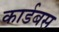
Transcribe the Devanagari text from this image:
कार्डबस